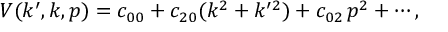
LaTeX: V ( k ^ { \prime } , k , p ) = c _ { 0 0 } + c _ { 2 0 } ( k ^ { 2 } + k ^ { \prime 2 } ) + c _ { 0 2 } \, p ^ { 2 } + \cdots ,